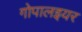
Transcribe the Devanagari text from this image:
गोपालइयर